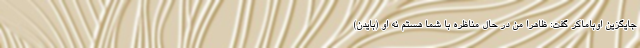
جایگزین اوباماکر گفت: ظاهرا من در حال مناظره با شما هستم نه او (بایدن)